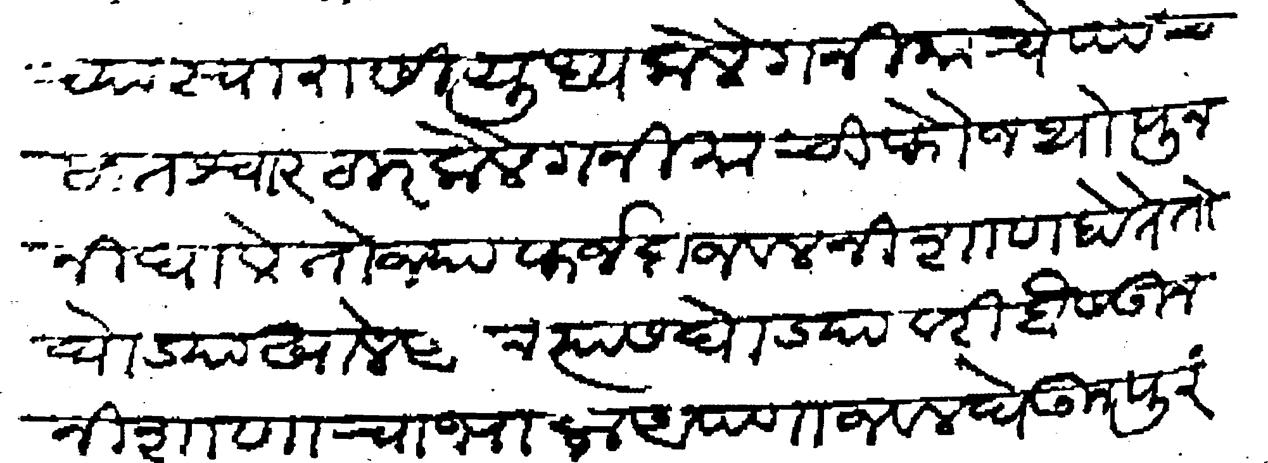
Transliteration (Devanagari): स्वारासी युध्य केले गनिमाचे पाच सात श्वार ठार केले गनिमाची फौज थोपून निघाले तो ज्या फर्जदा जवल निशाण होते तो घोड्याखाले आला त्यास घोड्यावरी बैसऊन निशाणाचा भाला आपणाजवल घेऊन पुरंदरास